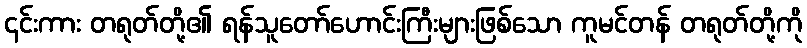
၎င်းကား တရုတ်တို့၏ ရန်သူတော်ဟောင်းကြီးများဖြစ်သော ကူမင်တန် တရုတ်တို့ကို